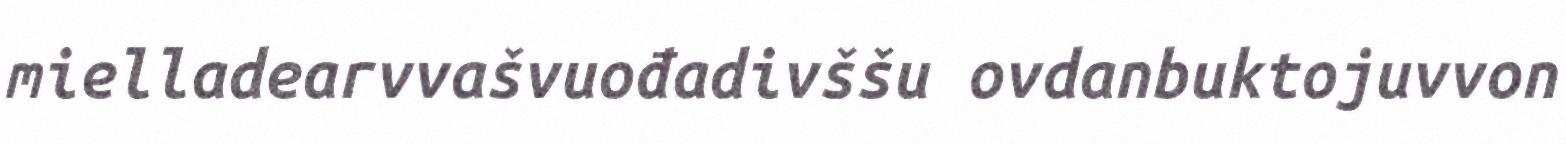
mielladearvvašvuođadivššu ovdanbuktojuvvon